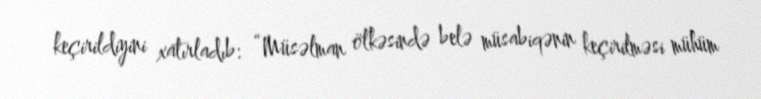
keçirildiyini xatırladıb: “Müsəlman ölkəsində belə müsabiqənin keçirilməsi mühüm